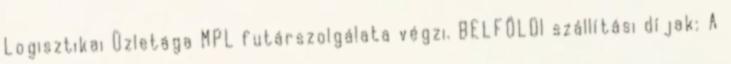
Logisztikai Üzletága MPL futárszolgálata végzi. BELFÖLDI szállítási díjak: A